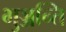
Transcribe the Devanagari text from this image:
भुञ्जन्ति